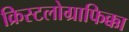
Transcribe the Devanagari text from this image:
क्रिस्टलोग्राफिक्का